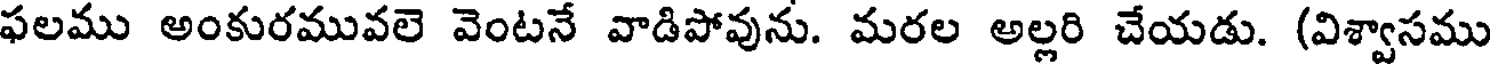
ఫలము అంకురమువలె వెంటనే వాడిపోవును. మరల అల్లరి చేయడు. (విశ్వాసము